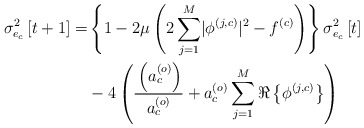
\begin{align*} \sigma_{e_c}^2\left[t+1\right]=&\left\{1-2\mu\left(2\sum_{j=1}^{M}\lvert\phi^{\left(j,c\right)}\rvert^2-f^{\left(c\right)}\right)\right\}\sigma_{e_c}^2\left[t\right]\\ &-4\left(\frac{_{}\left(a_c^{\left(o\right)}\right)}{a_c^{\left(o\right)}}+a_c^{\left(o\right)}\sum_{j=1}^{M}\Re\left\{\phi^{\left(j,c\right)}\right\}\right) \end{align*}